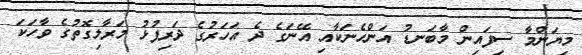
މިޔަންމާ ސިފައިން މާބަނޑު އަންހެނަކާއި އޭނަގެ ދެ އަހަރުގެ ދަރިފުޅު މަރާލިގޮތުގެ ވާހަކަ